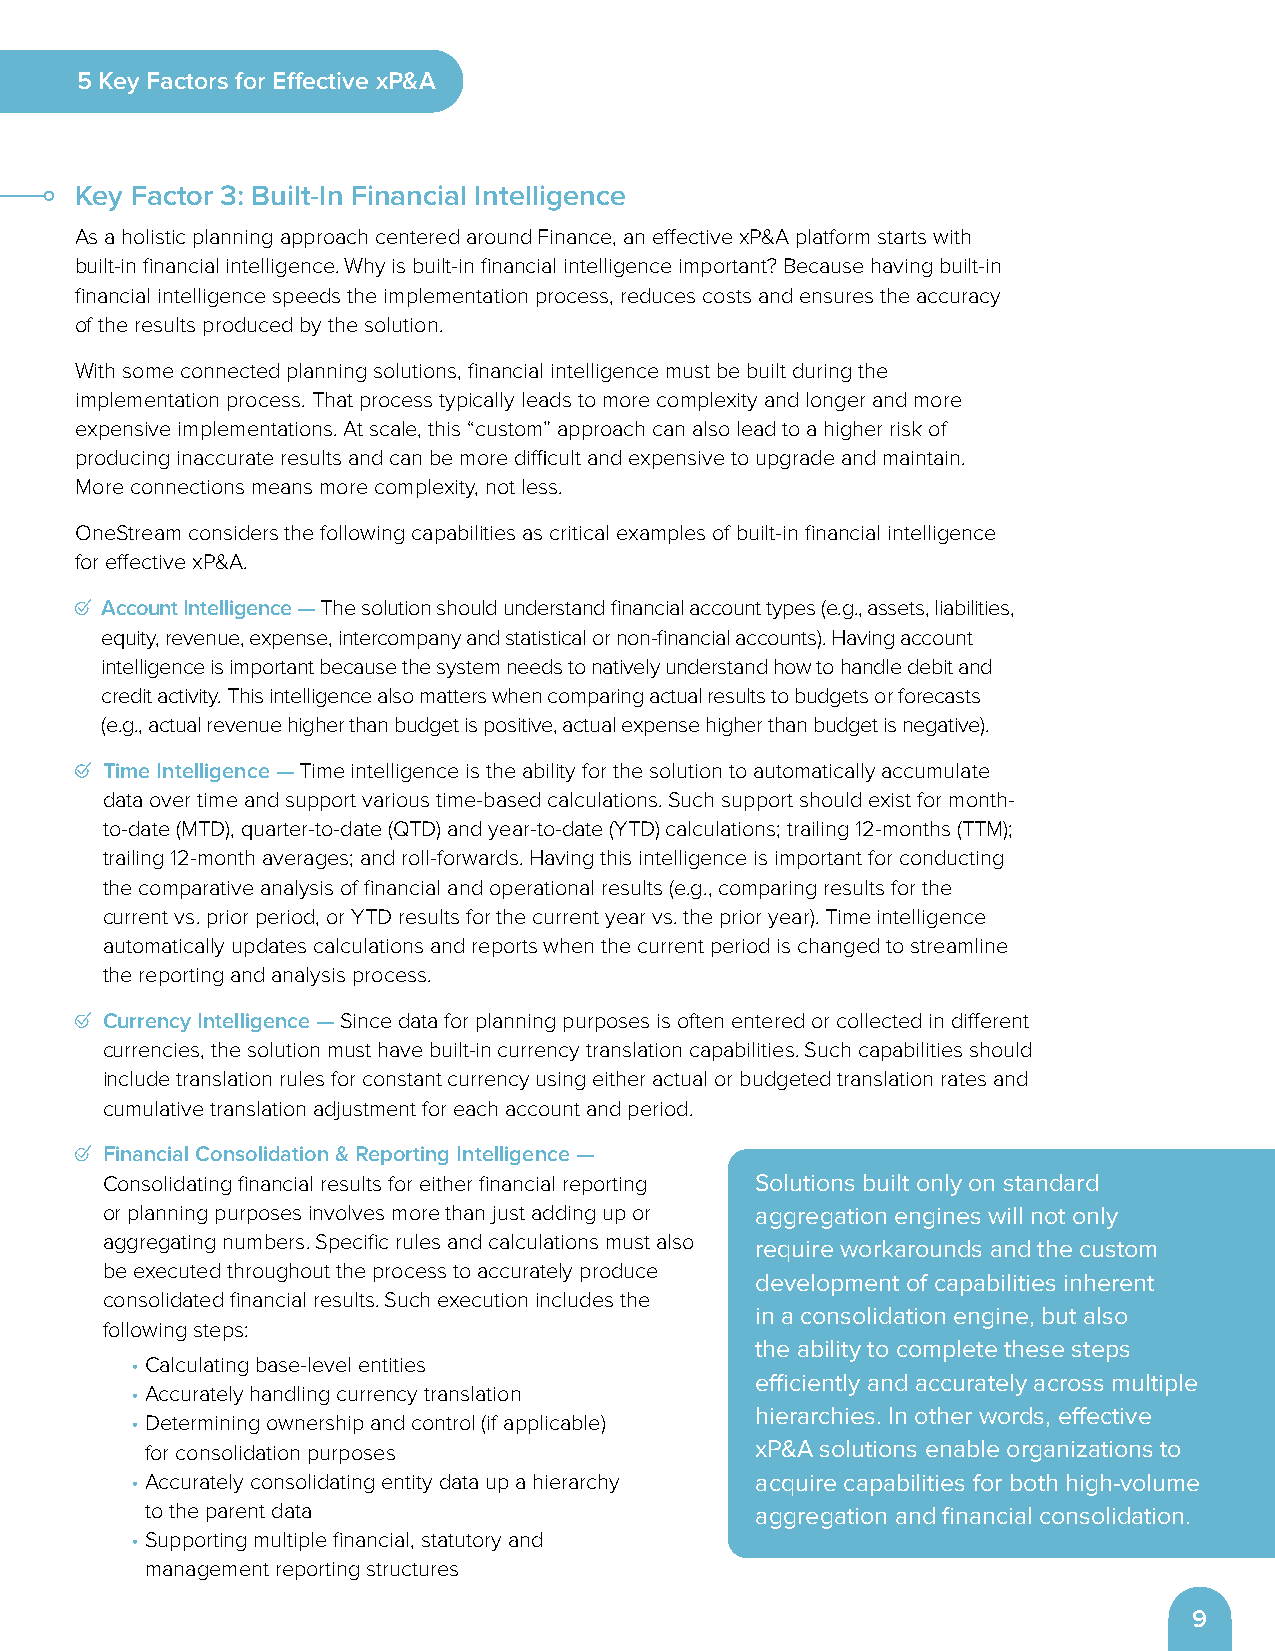
5 Key Factors for Effective xP&A
 Key Factor 3: Built-In Financial Intelligence
 As a holistic planning approach centered around Finance, an effective xP&A platform starts with
 built-in financial intelligence . Why is built-in financial intelligence important? Because having built-in
 financial intelligence speeds the implementation process, reduces costs and ensures the accuracy
 of the results produced by the solution .
 With some connected planning solutions, financial intelligence must be built during the
 implementation process . That process typically leads to more complexity and longer and more
 expensive implementations . At scale, this “custom” approach can also lead to a higher risk of
 producing inaccurate results and can be more difficult and expensive to upgrade and maintain .
 More connections means more complexity, not less .
 OneStream considers the following capabilities as critical examples of built-in financial intelligence
 for effective xP&A .
 Account Intelligence — The solution should understand financial account types (e .g ., assets, liabilities,
 equity, revenue, expense, intercompany and statistical or non-financial accounts) . Having account
 intelligence is important because the system needs to natively understand how to handle debit and
 credit activity . This intelligence also matters when comparing actual results to budgets or forecasts
 (e .g ., actual revenue higher than budget is positive, actual expense higher than budget is negative) .
 Time Intelligence — Time intelligence is the ability for the solution to automatically accumulate
 data over time and support various time-based calculations . Such support should exist for month-
 to-date (MTD), quarter-to-date (QTD) and year-to-date (YTD) calculations; trailing 12-months (TTM);
 trailing 12-month averages; and roll-forwards . Having this intelligence is important for conducting
 the comparative analysis of financial and operational results (e .g ., comparing results for the
 current vs . prior period, or YTD results for the current year vs . the prior year) . Time intelligence
 automatically updates calculations and reports when the current period is changed to streamline
 the reporting and analysis process .
 Currency Intelligence — Since data for planning purposes is often entered or collected in different
 currencies, the solution must have built-in currency translation capabilities . Such capabilities should
 include translation rules for constant currency using either actual or budgeted translation rates and
 cumulative translation adjustment for each account and period .
 Financial Consolidation & Reporting Intelligence —
 Consolidating financial results for either financial reporting Solutions built only on standard
 or planning purposes involves more than just adding up or aggregation engines will not only
 aggregating numbers . Specific rules and calculations must also require workarounds and the custom
 be executed throughout the process to accurately produce
 development of capabilities inherent
 consolidated financial results . Such execution includes the
 in a consolidation engine, but also
 following steps:
 the ability to complete these steps
 • Calculating base-level entities
 efficiently and accurately across multiple
 • Accurately handling currency translation
 hierarchies. In other words, effective
 • Determining ownership and control (if applicable)
 for consolidation purposes              xP&A solutions enable organizations to
 • Accurately consolidating entity data up a hierarchy acquire capabilities for both high-volume
 to the parent data                      aggregation and financial consolidation.
 • Supporting multiple financial, statutory and
 management reporting structures
 9